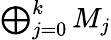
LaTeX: \textstyle\bigoplus_{j=0}^{k}M_{j}